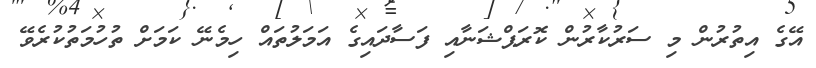
އޭގެ އިތުރުން މި ސަރުކާރުން ކޮރަޕްޝަނާއި ފަސާދައިގެ އަމަލުތައް ހިމެނޭ ކަމަށް ތުހުމަތުކުރެވޭ